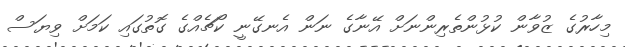
މިހާރުގެ ޒުވާން ކުޅުންތެރިންނަށް އޭނާގެ ނަން އެނގޭނީ ކޯޗެއްގެ ގޮތުގައި ކަމަށް ވިޔަސް